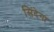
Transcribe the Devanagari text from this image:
सिंदेगा